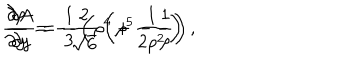
{ \frac { \partial \rho } { \partial y } } = - { \frac { 2 } { \sqrt { 6 } } } \left( \rho ^ { 5 } - { \frac { 1 } { \rho } } \right) , \hspace { 1 c m } { \frac { \partial A } { \partial y } } = { \frac { 1 } { 3 } } \left( \rho ^ { 4 } + { \frac { 1 } { 2 \rho ^ { 2 } } } \right)